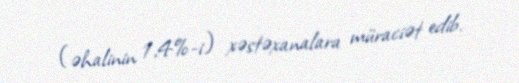
(əhalinin 1,4%-i) xəstəxanalara müraciət edib.